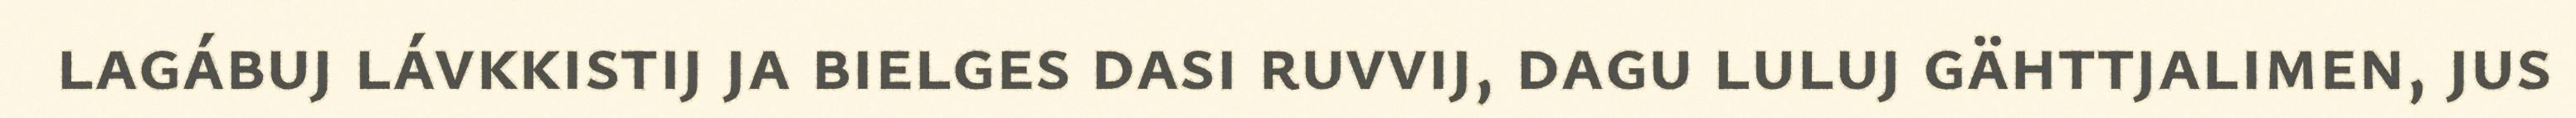
lagábuj lávkkistij ja bielges dasi ruvvij, dagu luluj gähttjalimen, jus